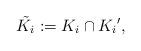
LaTeX: \begin{align*}\tilde{K_i} : = K_i \cap {K_i}',\end{align*}